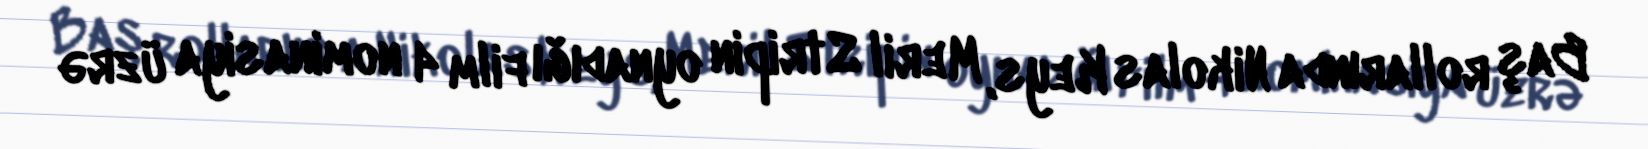
Baş rollarında Nikolas Keys, Meril Stripin oynadığı film 4 nominasiya üzrə